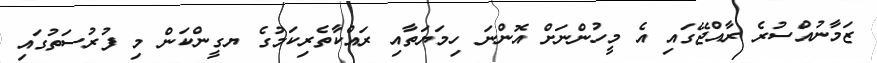
ޒަމާނުއްސުރެ ރާއްޖޭގައި އެ މީހުންނަށް އޮންނަ ހިމަޔަތާއި ރައްކާތެރިކަމުގެ ޔގީންކަން މި ފުރުސަތުގައި